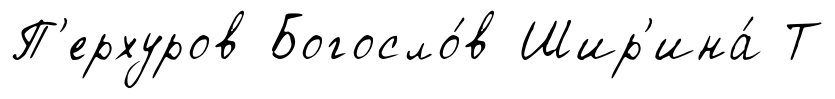
П'ерхуров Богосло́в Шир'ина́ Т